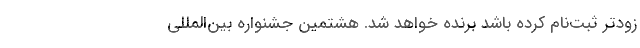
زود‌تر ثبت‌نام کرده باشد برنده خواهد شد. هشتمین جشنواره بین‌المللی